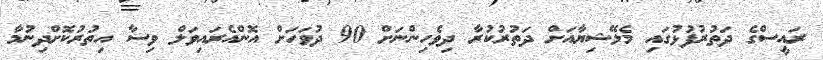
ރައީސްގެ ދަތުރުފުޅުގައި މެލޭޝިޔާއަށް ދަތުރުކުރާ ދިވެހިންނަށް 90 ދުވަހަށް އޮންއެރައިވަލް ވިސާ އިތުރުކޮށްދިނުމާ